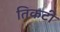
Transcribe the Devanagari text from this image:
तिकटी